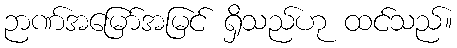
ဉာဏ်အမြော်အမြင် ရှိသည်ဟု ထင်သည်။